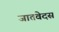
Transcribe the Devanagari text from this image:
जातवेदस